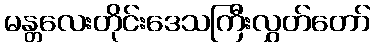
မန္တလေးတိုင်းဒေသကြီးလွှတ်တော်